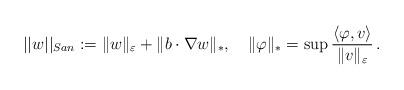
LaTeX: \begin{align*}||w||_{San}:=\|w\|_\varepsilon +\|b\cdot \nabla w\|_*,\quad\|\varphi\|_*=\sup\frac{\langle\varphi,v\rangle}{\|v\|_\varepsilon}\,.\end{align*}